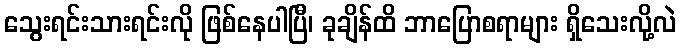
သွေးရင်းသားရင်းလို ဖြစ်နေပါပြီ၊ ခုချိန်ထိ ဘာပြောစရာများ ရှိသေးလို့လဲ